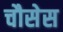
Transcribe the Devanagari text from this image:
चौसेस